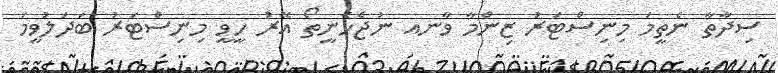
ސިދާތާ ނެތީމަ މިނިސްޓަރު ޒިންމާ ވާނއ ނުޖެހެނީތޯ އޭރު ހީވީ މިނިސްޓަރު ބަދަލުވީމަ